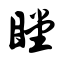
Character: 瞠